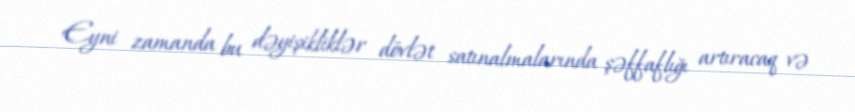
Eyni zamanda bu dəyişikliklər dövlət satınalmalarında şəffaflığı artıracaq və